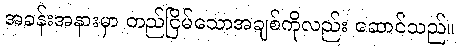
အခန်းအနားမှာ တည်ငြိမ်သောအချစ်ကိုလည်း ဆောင်သည်။